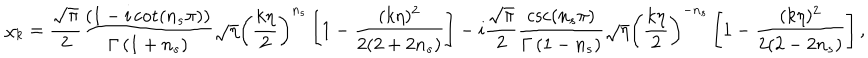
LaTeX: \chi _ { k } = \frac { \sqrt { \pi } } { 2 } \frac { \left( 1 - i \cot \left( n _ { s } \pi \right) \right) } { \Gamma \left( 1 + n _ { s } \right) } \sqrt { \eta } \left( \frac { k \eta } { 2 } \right) ^ { n _ { s } } \left[ 1 - \frac { ( k \eta ) ^ { 2 } } { 2 ( 2 + 2 n _ { s } ) } \right] - i \frac { \sqrt { \pi } } { 2 } \frac { \csc \left( n _ { s } \pi \right) } { \Gamma \left( 1 - n _ { s } \right) } \sqrt { \eta } \left( \frac { k \eta } 2 \right) ^ { - n _ { s } } \left[ 1 - \frac { ( k \eta ) ^ { 2 } } { 2 ( 2 - 2 n _ { s } ) } \right] ,